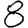
Digit: 8